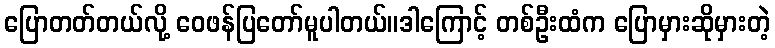
ပြောတတ်တယ်လို့ ဝေဖန်ပြတော်မူပါတယ်။ဒါကြောင့် တစ်ဦးထံက ပြောမှားဆိုမှားတဲ့